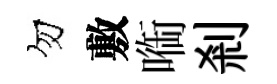
勿敷㗸剎